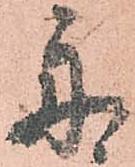
舟